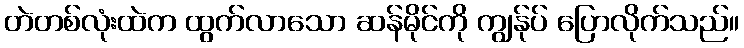
တဲတစ်လုံးထဲက ထွက်လာသော ဆန်မိုင်ကို ကျွန်ုပ် ပြောလိုက်သည်။